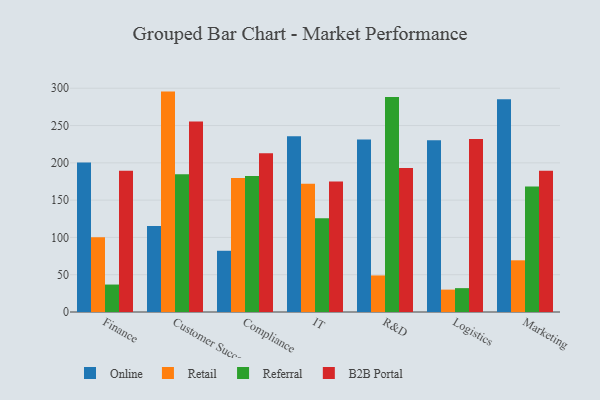
{"axis": {"x": "Department", "y": "Headcount"}, "legend": ["B2B Portal", "Online", "Referral", "Retail"], "data": [{"x": "Finance", "y": 200.4, "type": "Online"}, {"x": "Finance", "y": 100.2, "type": "Retail"}, {"x": "Finance", "y": 36.8, "type": "Referral"}, {"x": "Finance", "y": 189.3, "type": "B2B Portal"}, {"x": "Customer Success", "y": 115.4, "type": "Online"}, {"x": "Customer Success", "y": 295.5, "type": "Retail"}, {"x": "Customer Success", "y": 184.6, "type": "Referral"}, {"x": "Customer Success", "y": 255.5, "type": "B2B Portal"}, {"x": "Compliance", "y": 82.1, "type": "Online"}, {"x": "Compliance", "y": 179.5, "type": "Retail"}, {"x": "Compliance", "y": 182.5, "type": "Referral"}, {"x": "Compliance", "y": 213.0, "type": "B2B Portal"}, {"x": "IT", "y": 235.6, "type": "Online"}, {"x": "IT", "y": 171.8, "type": "Retail"}, {"x": "IT", "y": 125.6, "type": "Referral"}, {"x": "IT", "y": 174.9, "type": "B2B Portal"}, {"x": "R&D", "y": 231.3, "type": "Online"}, {"x": "R&D", "y": 49.0, "type": "Retail"}, {"x": "R&D", "y": 288.2, "type": "Referral"}, {"x": "R&D", "y": 193.0, "type": "B2B Portal"}, {"x": "Logistics", "y": 230.3, "type": "Online"}, {"x": "Logistics", "y": 30.0, "type": "Retail"}, {"x": "Logistics", "y": 32.0, "type": "Referral"}, {"x": "Logistics", "y": 231.8, "type": "B2B Portal"}, {"x": "Marketing", "y": 285.3, "type": "Online"}, {"x": "Marketing", "y": 69.3, "type": "Retail"}, {"x": "Marketing", "y": 168.2, "type": "Referral"}, {"x": "Marketing", "y": 189.3, "type": "B2B Portal"}]}